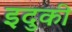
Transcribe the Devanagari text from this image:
इदुकी